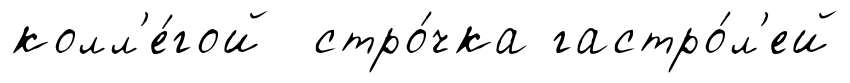
колл'е́гой стро́чка гастро́л'ей